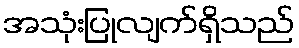
အသုံးပြုလျက်ရှိသည်